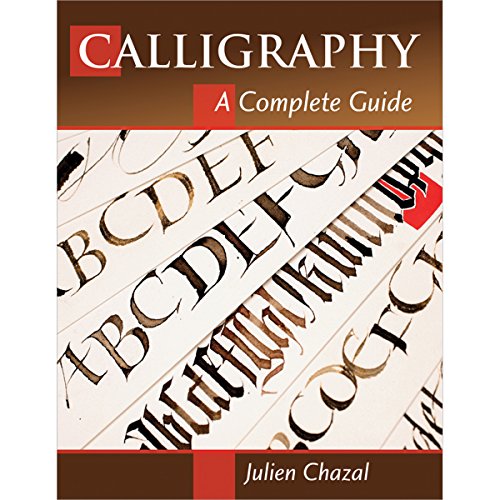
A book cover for Calligraphy: A Complete Guide; Julien Chazal; Arts & Photography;